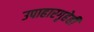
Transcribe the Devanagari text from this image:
उपाहारगृहेही